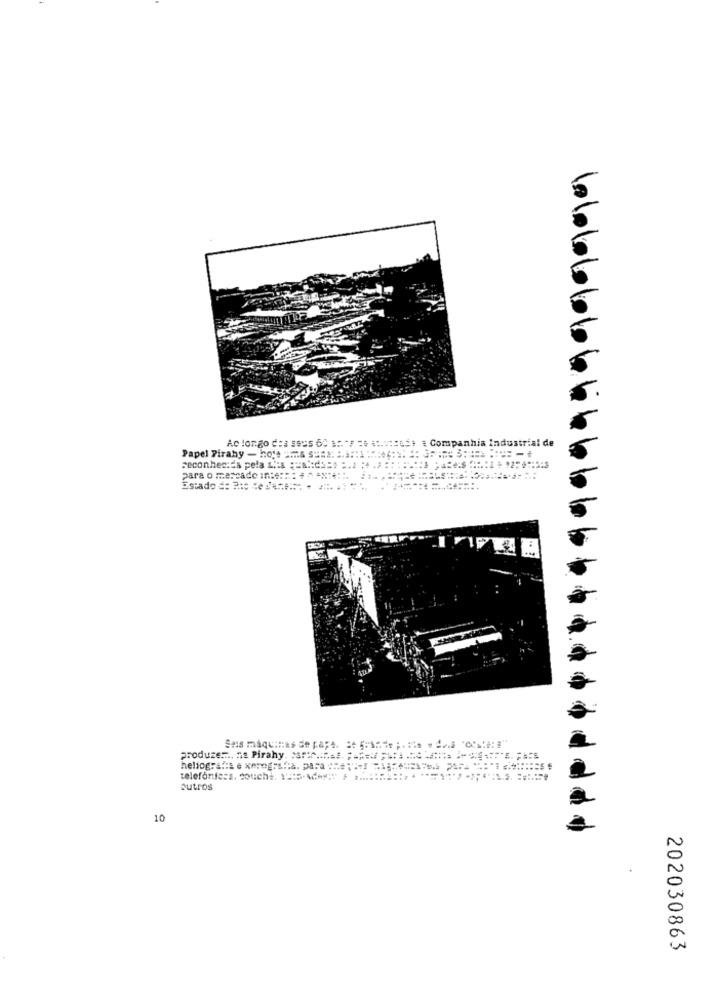
Ao longo dos seus 60 a:"F =6 :.: cest : Companhia Industrial de
Papel Piraby - ho'= ==== 6 $ == 2: "
seconhec:Es pela L .: s =a .: d= =. 2 :4 .2:
para o mercado in ::: : : # ~ ****
Estado : Bio Heden ...
Ses máquinas de page. If ("onde ; . : is . das 'ste: "
produzem, na Pirahy. ..........*= = ====== ==
telefonfers. coucht. 13:5 .***:* / ....:::::: > *******-*; "' ========
outros
Id
10
202030863